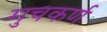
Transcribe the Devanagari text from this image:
मुचकर्ण